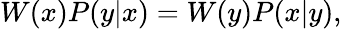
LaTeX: \begin{array}{r}{W(x)P(y|x)=W(y)P(x|y),}\end{array}